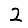
Digit: 2